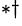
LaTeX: ^{*\dagger}